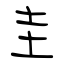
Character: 圭